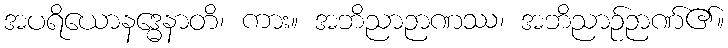
အပရိယောနဒ္ဓေနာတိ၊ ကား။ အဘိညာဉာဏဿ၊ အဘိညာဉ်ဉာဏ်၏။